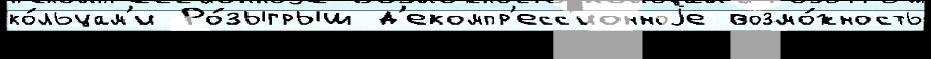
ко́льцам'и Ро́зыгрыш д'екомпр'есс'ионноjе возмо́жность